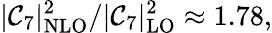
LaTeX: |{\cal C}_{7}|_{\mathrm{NLO}}^{2}/|{\cal C}_{7}|_{\mathrm{LO}}^{2}\approx 1.78,